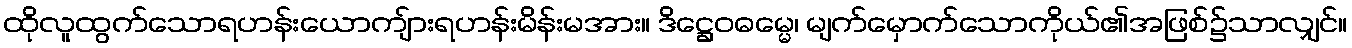
ထိုလူထွက်သောရဟန်းယောကျ်ားရဟန်းမိန်းမအား။ ဒိဋ္ဌေဝဓမ္မေ၊ မျက်မှောက်သောကိုယ်၏အဖြစ်၌သာလျှင်။